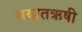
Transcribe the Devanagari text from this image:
मयातऋषी